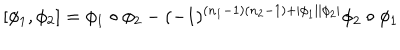
LaTeX: [ \phi _ { 1 } , \phi _ { 2 } ] = \phi _ { 1 } \circ \phi _ { 2 } - ( - 1 ) ^ { ( n _ { 1 } - 1 ) ( n _ { 2 } - 1 ) + | \phi _ { 1 } | | \phi _ { 2 } | } \phi _ { 2 } \circ \phi _ { 1 }